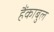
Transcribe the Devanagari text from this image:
हैंकाबुल